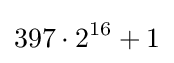
397\cdot 2^{16}+1